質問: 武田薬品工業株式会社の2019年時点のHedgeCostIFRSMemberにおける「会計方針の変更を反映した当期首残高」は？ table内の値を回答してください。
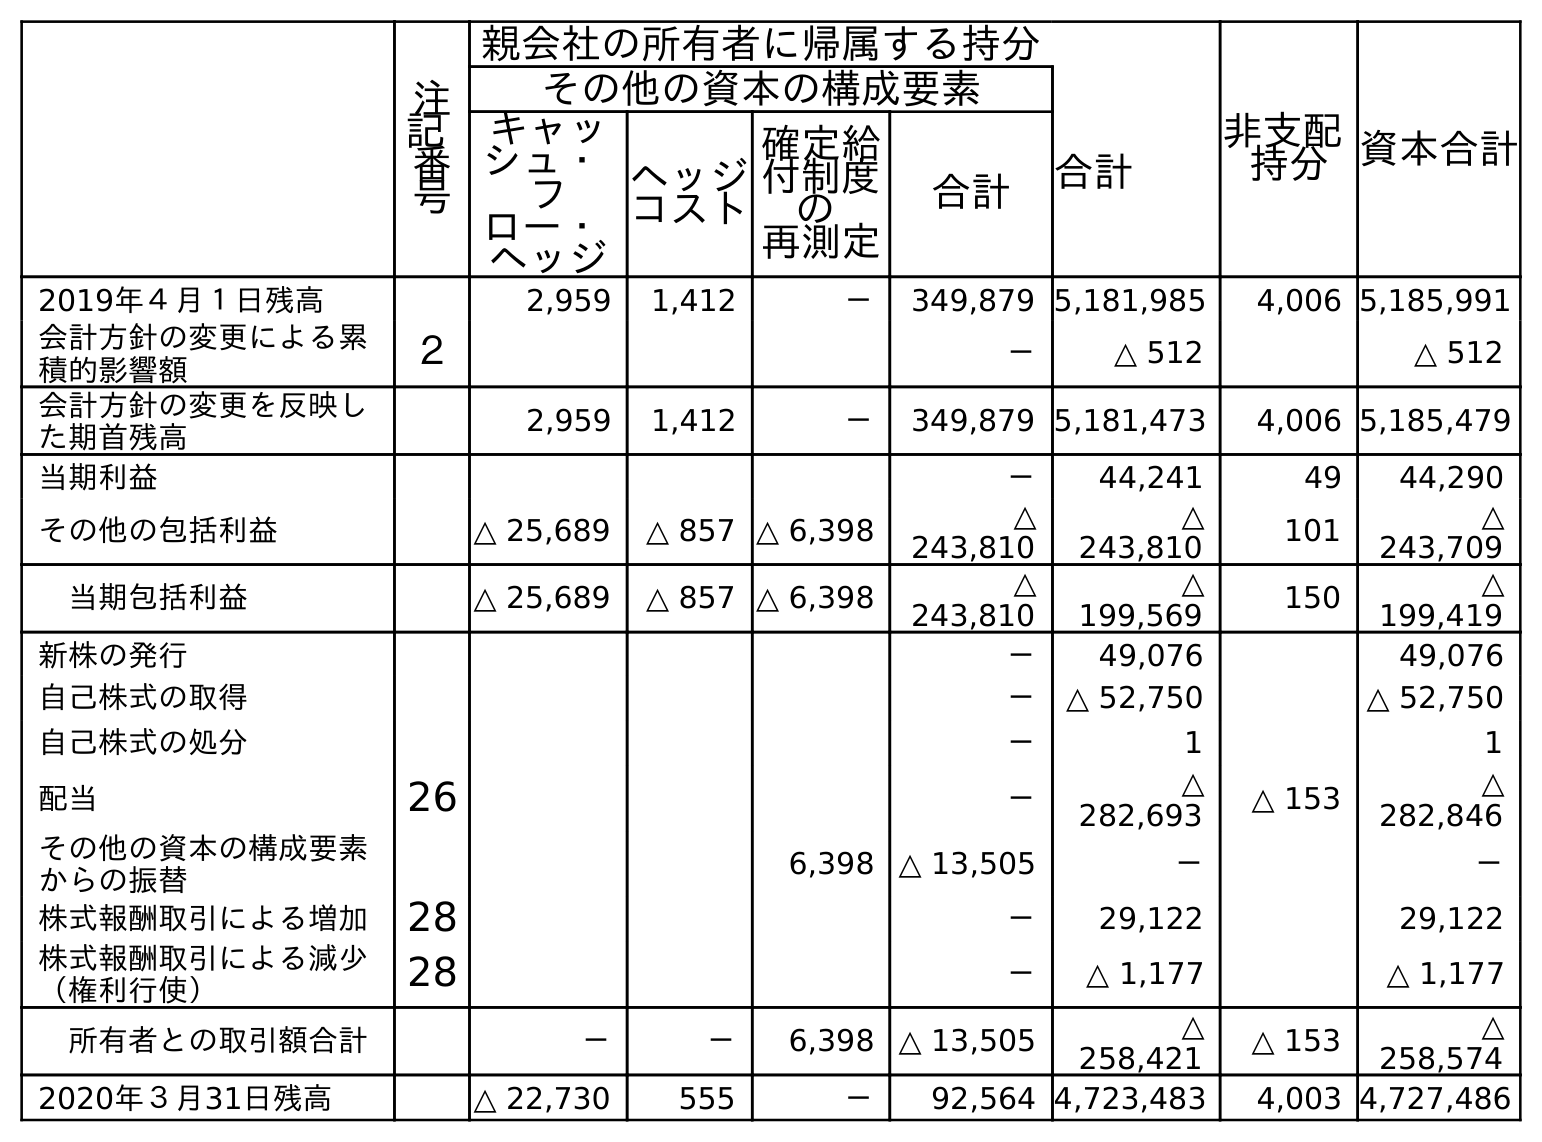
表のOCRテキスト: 注 記 番 号 親会社の所有者に帰属する持分 非支配 持分資本合計 その他の資本の構成要素 合計 キャッ シュ・ フ ロー・ ヘッジ ヘッジ コスト 確定給 付制度 の 再測定 合計 2019年４月１日残高 2,959 1,412 － 349,879 5,181,985 4,006 5,185,991 会計方針の変更による累 積的影響額 ２ － △ 512 △ 512 会計方針の変更を反映し た期首残高 2,959 1,412 － 349,879 5,181,473 4,006 5,185,479 当期利益 － 44,241 49 44,290 その他の包括利益 △ 25,689 △ 857 △ 6,398 △ 243,810 △ 243,810 101 △ 243,709 当期包括利益 △ 25,689 △ 857 △ 6,398 △ 243,810 △ 199,569 150 △ 199,419 新株の発行 － 49,076 49,076 自己株式の取得 － △ 52,750 △ 52,750 自己株式の処分 － 1 1 配当 26 － △ 282,693 △ 153 △ 282,846 その他の資本の構成要素 からの振替 6,398 △ 13,505 － － 株式報酬取引による増加 28 － 29,122 29,122 株式報酬取引による減少 （権利行使） 28 － △ 1,177 △ 1,177 所有者との取引額合計 － － 6,398 △ 13,505 △ 258,421 △ 153 △ 258,574 2020年３月31日残高 △ 22,730 555 － 92,564 4,723,483 4,003 4,727,486
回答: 1,412